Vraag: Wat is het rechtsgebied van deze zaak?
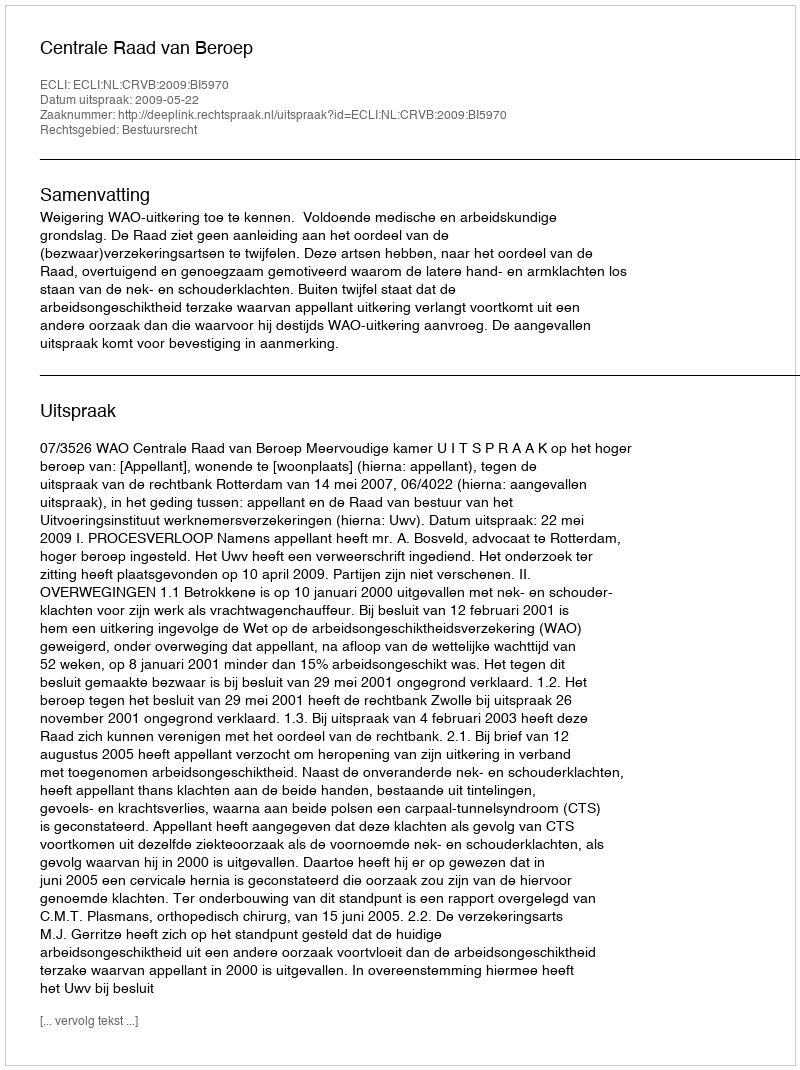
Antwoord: Bestuursrecht